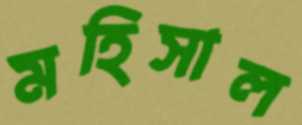
মহিসাল